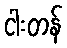
ငါးတန်